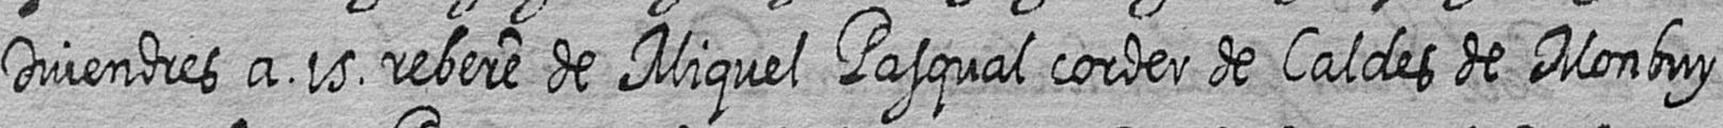
Divendres a 15 rebere de Miquel Pasqual corder de Caldes de Monbuy